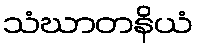
သံဃာတနိယံ